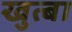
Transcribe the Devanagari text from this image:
खुत्बा